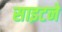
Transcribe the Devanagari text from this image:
साइटने